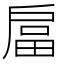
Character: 𭠇